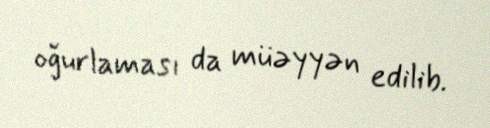
oğurlaması da müəyyən edilib.